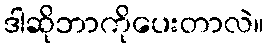
ဒါဆိုဘာကိုပေးတာလဲ။